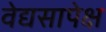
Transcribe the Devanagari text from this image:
वेद्यसापेक्ष